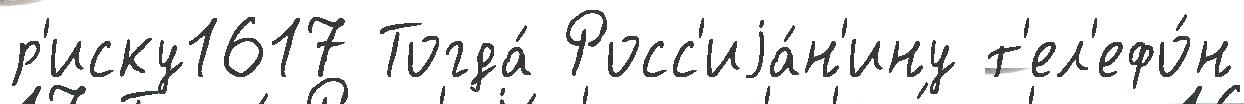
р'иску1617 Тогда́ Росс'иjа́н'ину т'ел'ефо́н